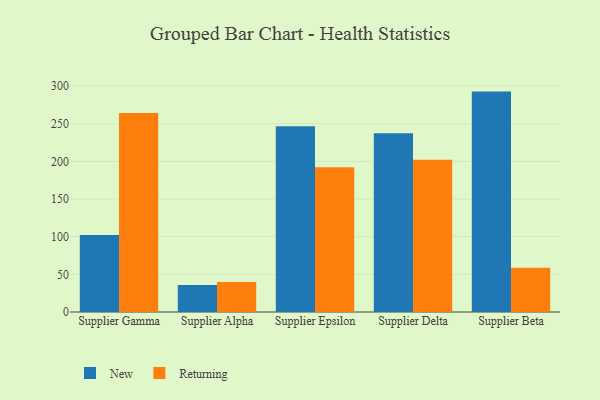
{"axis": {"x": "Supplier", "y": "Operating Costs (USD K)"}, "legend": ["New", "Returning"], "data": [{"x": "Supplier Gamma", "y": 102.1, "type": "New"}, {"x": "Supplier Gamma", "y": 264.3, "type": "Returning"}, {"x": "Supplier Alpha", "y": 35.9, "type": "New"}, {"x": "Supplier Alpha", "y": 40.0, "type": "Returning"}, {"x": "Supplier Epsilon", "y": 246.6, "type": "New"}, {"x": "Supplier Epsilon", "y": 192.2, "type": "Returning"}, {"x": "Supplier Delta", "y": 237.4, "type": "New"}, {"x": "Supplier Delta", "y": 202.1, "type": "Returning"}, {"x": "Supplier Beta", "y": 292.7, "type": "New"}, {"x": "Supplier Beta", "y": 58.9, "type": "Returning"}]}